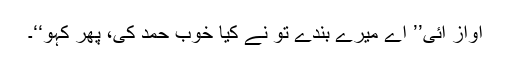
آواز آئی’’ اے میرے بندے تو نے کیا خوب حمد کی، پھر کہو‘‘۔